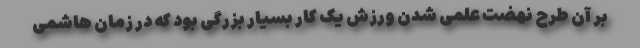
بر آن طرح نهضت علمی شدن ورزش یک کار بسیار بزرگی بود که در زمان هاشمی